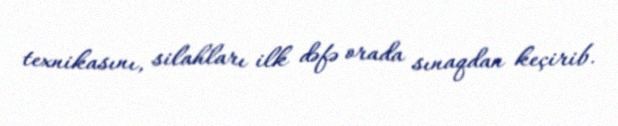
texnikasını, silahları ilk dəfə orada sınaqdan keçirib.